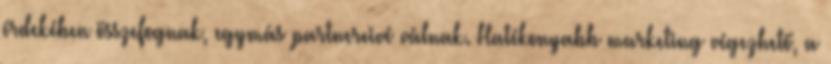
érdekében összefognak, egymás partnereivé válnak. Hatékonyabb marketing végezhető, a